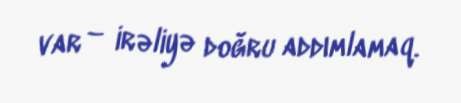
var – irəliyə doğru addımlamaq.